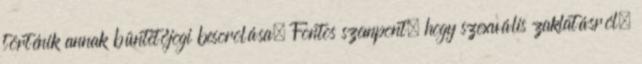
történik annak büntetőjogi besorolása. Fontos szempont, hogy szexuális zaklatásról,